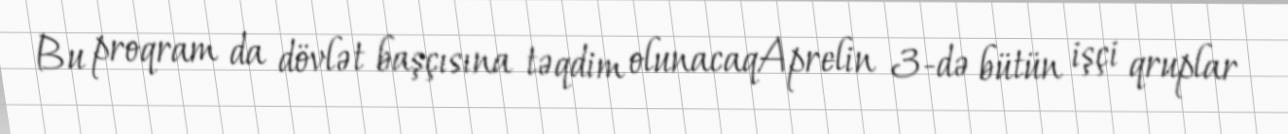
Bu proqram da dövlət başçısına təqdim olunacaqAprelin 3-də bütün işçi qruplar